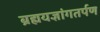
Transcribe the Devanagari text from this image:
ब्रह्मयज्ञांगतर्पण